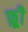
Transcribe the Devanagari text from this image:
फ्र्र्र्री